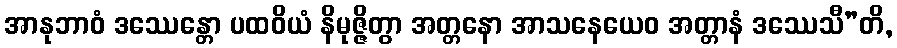
အာနုဘာဝံ ဒဿေန္တော ပထဝိယံ နိမုဇ္ဇိတွာ အတ္တနော အာသနေယေဝ အတ္တာနံ ဒဿေသီ”တိ,